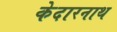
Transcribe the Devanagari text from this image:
केदारनाथ